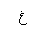
Letter: _gayn